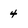
Character: 4